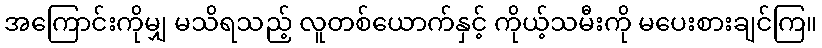
အကြောင်းကိုမျှ မသိရသည့် လူတစ်ယောက်နှင့် ကိုယ့်သမီးကို မပေးစားချင်ကြ။